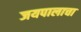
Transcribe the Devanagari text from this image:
जयपालाचा